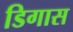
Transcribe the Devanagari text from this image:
डिगास